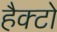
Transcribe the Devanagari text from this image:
हैक्टो